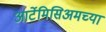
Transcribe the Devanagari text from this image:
आर्टेमिसिअमच्या